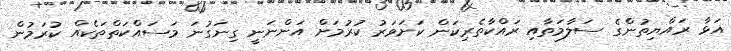
އަޅާ ރައްޔިތުންގެ ސަލާމަތާއި ރައްކާތެރިކަން ކަށަވަރު ކުރުމަށް އަންނަނީ ގިނަގުނަ މަސައްކަތްތަކެއް ކުރަމުން